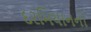
દરમિયાનનો